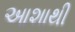
આશાથી